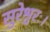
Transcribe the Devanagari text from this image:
सुरेश्वरः।